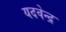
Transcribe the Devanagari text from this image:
यदवेन्द्र